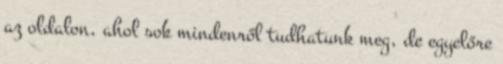
az oldalon, ahol sok mindenről tudhatunk meg, de egyelőre